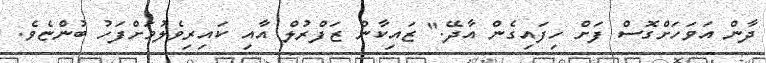
ދާން އަވަހަށްގޮސް ފަށް ހިފައިގެން އާދޭ." ޒައިކާން ޒަފްރުލް އާއި ކައިރިވެލުމަށްފަހު ބުންޏެވެ.